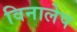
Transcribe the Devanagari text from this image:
विनालेप